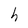
Character: h